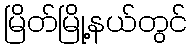
မြိတ်မြို့နယ်တွင်